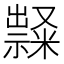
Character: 𱵰